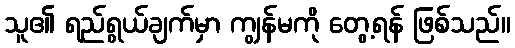
သူ၏ ရည်ရွယ်ချက်မှာ ကျွန်မကို တွေ့ရန် ဖြစ်သည်။